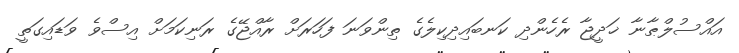
އައްސުލްޠާނާ ޚަދީޖާ ރެހެންދި ކަނބައިދިކިލެގެ ތިންވަނަ ފަހަރަށް ރާއްޖޭގެ ރަނިކަމަށް އިސްވެ ވަޑައިގަތީ